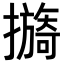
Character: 𢷔